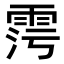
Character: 𩂧